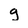
Character: g